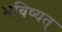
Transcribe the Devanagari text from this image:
भविष्यत्‌